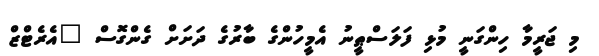
މި ޖަރީމާ ހިންގަނީ މުޅި ފަލަސްޠީނު އެމީހުންގެ ބާރުގެ ދަށަށް ގެންގޮސް "އެރެޓްޒް